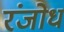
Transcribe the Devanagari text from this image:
रंजोध